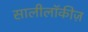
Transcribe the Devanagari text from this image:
सालीलॉकीज़